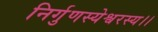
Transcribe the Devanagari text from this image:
निर्गुणस्येश्वरस्य।।